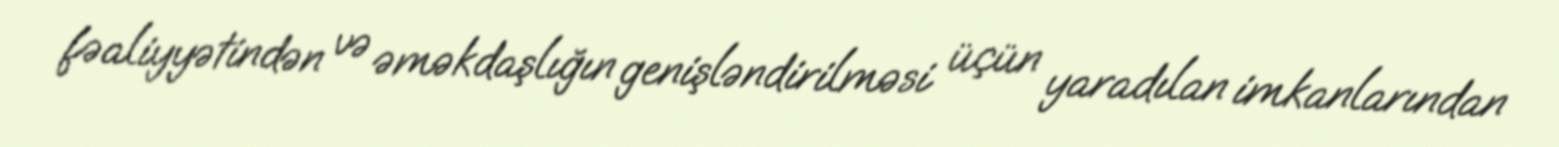
fəaliyyətindən və əməkdaşlığın genişləndirilməsi üçün yaradılan imkanlarından